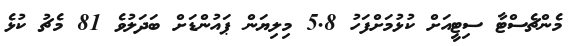
މެންޗެސްޓާ ސިޓީއަށް ކުޅުމަށްފަހު 5.8 މިލިޔަން ޕައުންޑަށް ބަދަލުވެ 81 މެޗު ކުޅެ